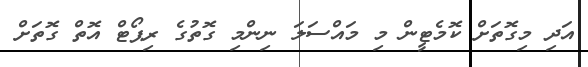
އަދި މިގޮތަށް ކޮމެޓީން މި މައްސަލަ ނިންމި ގޮތުގެ ރިޕޯޓް އޮތް ގޮތަށް